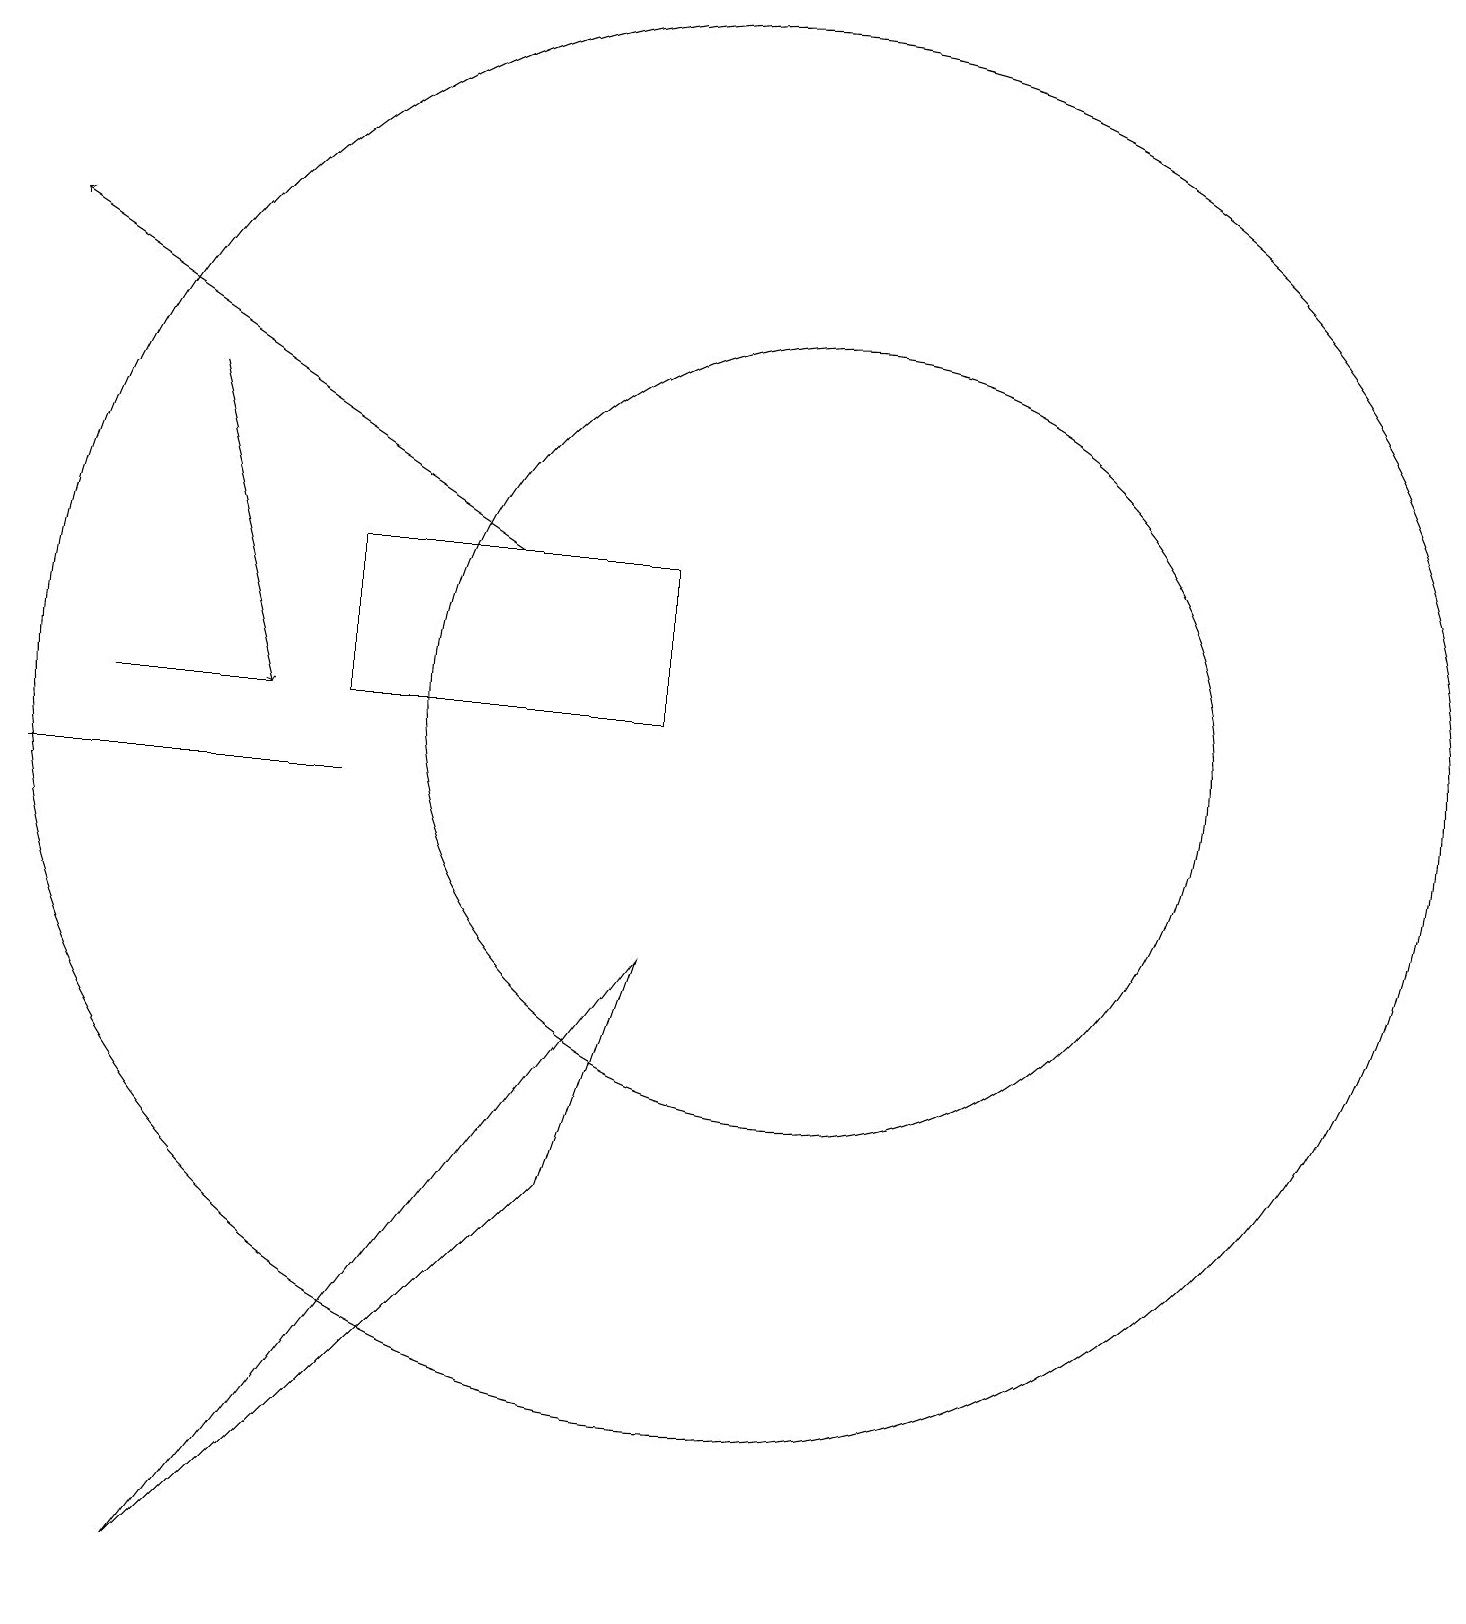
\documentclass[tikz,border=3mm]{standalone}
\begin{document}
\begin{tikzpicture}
\draw (9,13) rectangle (5,11);
\draw (5,10) rectangle (1,10);
\draw (2,11) rectangle (4,11);
\draw (10,11) circle (9);
\draw (3,0) -- (9,8) -- (8,5) -- cycle;
\draw[->] (7,13) -- (1,17);
\draw (11,11) circle (5);
\draw[->] (3,15) -- (4,11);
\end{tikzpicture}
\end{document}